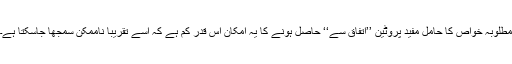
مطلوبہ خواص کا حامل مفید پروٹین ’’اتفاق سے‘‘ حاصل ہونے کا یہ امکان اس قدر کم ہے کہ اسے تقریباً ناممکن سمجھا جاسکتا ہے۔